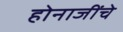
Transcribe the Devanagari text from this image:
होनाजींचे